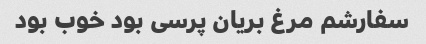
سفارشم مرغ بریان پرسی بود خوب بود